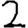
Digit: 2